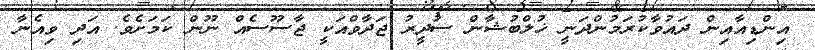
އިންޑިއާއިން ދައުވާކުރަމުންދަނީ ޚުލްބުޝާން ސުދީރު ޖަދާވްއަކީ ޖާސޫސެއް ނޫން ކަމަށެވެ. އަދި ވިއެނާ